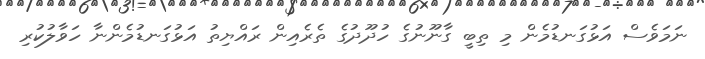
ނަމަވެސް އަޅުގަނޑުމެން މި ތިބީ ގާނޫނުގެ ހުދޫދުގެ ތެރެއިން ރައްޔިތު އަޅުގަނޑުމެންނާ ހަވާލުކުރި